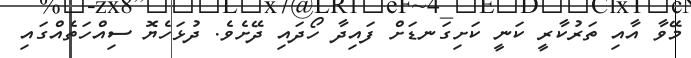
މޭވާ އާއި ތަރުކާރީ ކަނީ ކަށިގަނޑަށް ފައިދާ ހޯދައި ދޭށެވެ. ދުޅަހެޔޮ ސިއްހަތެއްގައި